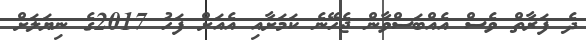
ދެ ފަރާތް ވެސް އެއްބަސްވާން ޖެހޭނެ ކަމަށާއި އެއަށް ފަހު 2017ގެ ނިޔަލަށް